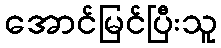
အောင်မြင်ပြီးသူ